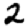
Digit: 2